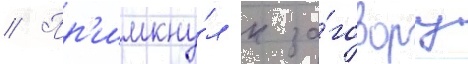
// Пр'имкну́л к за́говору